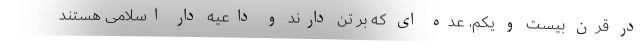
در قرن بیست و یکم، عده ای که بر تن دارند و داعیه دار اسلامی هستند